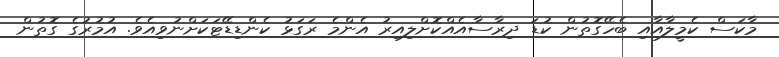
މާކަސް ކެމީލާއާއި ބެހޭގޮތުން ކުޑަ ދިރާސާއެއްކޮށްލިއިރު އެންމެ ރަގަޅު ކެންޑިޑޭޓަކަށްނުވިއެވެ. އުމުރުގެ ގޮތުން